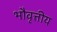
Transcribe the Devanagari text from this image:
भौवृत्तीय